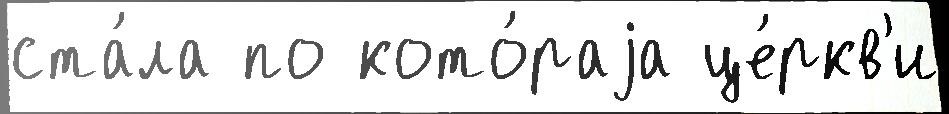
ста́ла по кото́раjа це́ркв'и